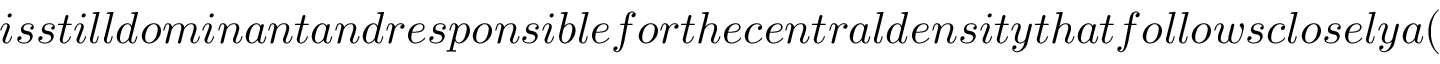
{ } i s s t i l l d o m i n a n t a n d r e s p o n s i b l e f o r t h e c e n t r a l d e n s i t y t h a t f o l l o w s c l o s e l y a (